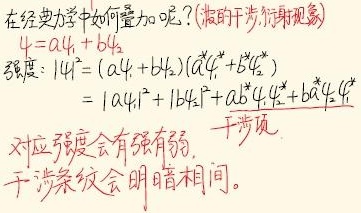
在经典力学中如何叠加呢？(波的干涉衍射现象)
\[
\begin{align*}
\psi&=a\psi_1 + b\psi_2\\
\text{强度: }|\psi|^2&=(a\psi_1 + b\psi_2)(a^*\psi_1^* + b^*\psi_2^*)\\
&=|a\psi_1|^2+|b\psi_2|^2+a b^*\psi_1\psi_2^*+b a^*\psi_2\psi_1^*
\end{align*}
\]
对应强度会有强有弱，干涉项干涉条纹会明暗相间。